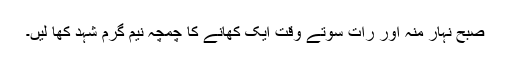
صبح نہار منہ اور رات سوتے وقت ایک کھانے کا چمچہ نیم گرم شہد کھا لیں۔